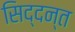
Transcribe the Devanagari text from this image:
सिद्दन्त